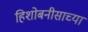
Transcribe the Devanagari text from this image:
हिशोबनीसाच्या